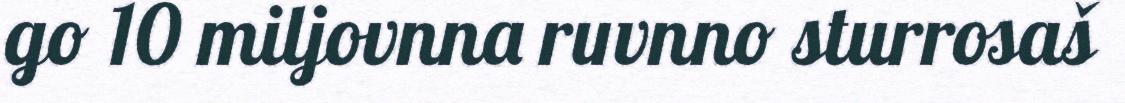
go 10 miljovnna ruvnno sturrosaš